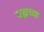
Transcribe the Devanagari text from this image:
यज्ञच्या